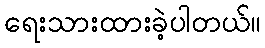
ရေးသားထားခဲ့ပါတယ်။